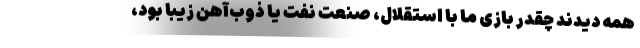
همه دیدند چقدر بازی ما با استقلال، صنعت نفت یا ذوب‌‌‌آهن زیبا بود،